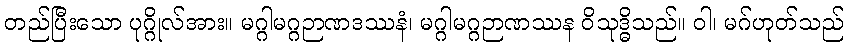
တည်ပြီးသော ပုဂ္ဂိုလ်အား။ မဂ္ဂါမဂ္ဂဉာဏဒဿနံ၊ မဂ္ဂါမဂ္ဂဉာဏဿန ဝိသုဒ္ဓိသည်။ ဝါ၊ မဂ်ဟုတ်သည်